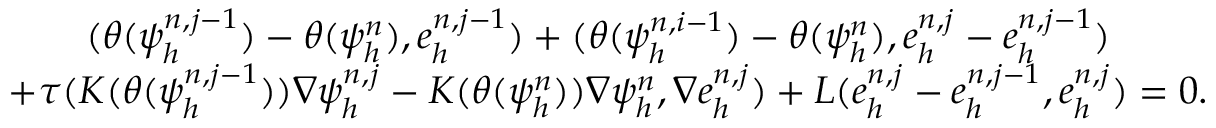
\begin{array} { r l } & { \quad \quad ( \theta ( \psi _ { h } ^ { n , j - 1 } ) - \theta ( \psi _ { h } ^ { n } ) , e _ { h } ^ { n , j - 1 } ) + ( \theta ( \psi _ { h } ^ { n , i - 1 } ) - \theta ( \psi _ { h } ^ { n } ) , e _ { h } ^ { n , j } - e _ { h } ^ { n , j - 1 } ) } \\ & { + \tau ( K ( \theta ( \psi _ { h } ^ { n , j - 1 } ) ) \nabla \psi _ { h } ^ { n , j } - K ( \theta ( \psi _ { h } ^ { n } ) ) \nabla \psi _ { h } ^ { n } , \nabla e _ { h } ^ { n , j } ) + L ( e _ { h } ^ { n , j } - e _ { h } ^ { n , j - 1 } , e _ { h } ^ { n , j } ) = 0 . } \end{array}